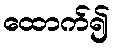
ထောက်၍